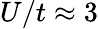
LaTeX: U/t\approx 3